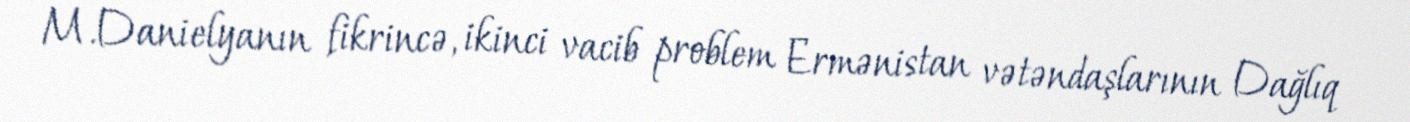
M.Danielyanın fikrincə, ikinci vacib problem Ermənistan vətəndaşlarının Dağlıq